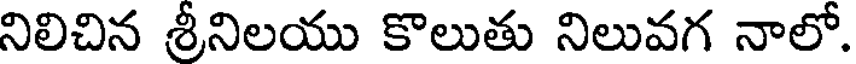
నిలిచిన శ్రీనిలయు కొలుతు నిలువగ నాలో.